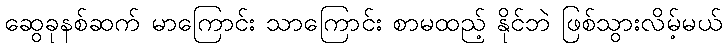
ဆွေခုနစ်ဆက် မာကြောင်း သာကြောင်း စာမထည့် နိုင်ဘဲ ဖြစ်သွားလိမ့်မယ်